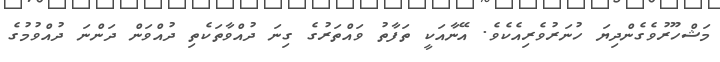
މަޝްހޫރުވެގެންދިޔަ ހުނަރުވެރިއެކެވެ. އޭނާއަކީ ތަފާތު ވައްތަރުގެ ގިނަ ދުއްވާތަކެތި ދުއްވަން ދަންނަ ދުއްވުމުގެ